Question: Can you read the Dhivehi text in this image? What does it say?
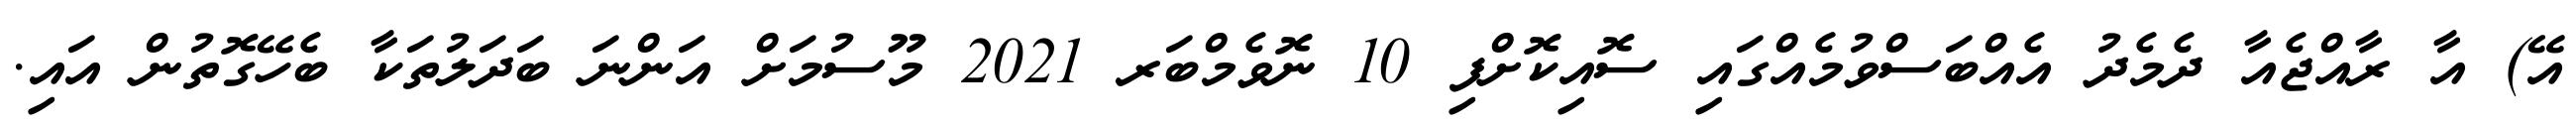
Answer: އޭ) އާ ރާއްޖެއާ ދެމެދު އެއްބަސްވުމެއްގައި ސޮއިކޮށްފި 10 ނޮވެމްބަރ 2021 މޫސުމަށް އަންނަ ބަދަލުތަކާ ބެހޭގޮތުން އައި.